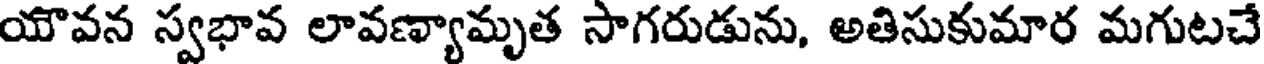
యౌవన స్వభావ లావణ్యామృత సాగరుడును, అతిసుకుమార మగుటచే